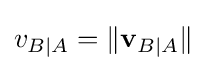
v_{B\mid A}=\|\mathbf {v} _{B\mid A}\|